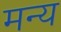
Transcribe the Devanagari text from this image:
मन्य